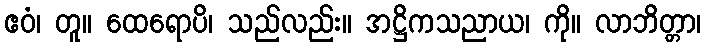
ဧဝံ၊ တူ။ ထေရောပိ၊ သည်လည်း။ အဋ္ဌိကသညာယ၊ ကို။ လာဘိတ္တာ၊